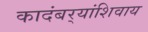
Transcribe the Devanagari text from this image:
कादंबर्‍यांशिवाय